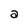
Character: a